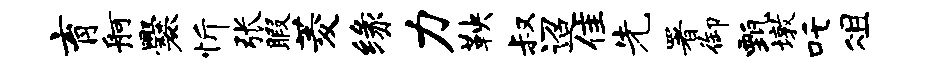
育舸爨忻张暇菱缘力鞅叔迢隹先署御甄墩吒俎